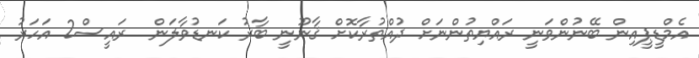
އެމްޑީޕީއިން ބޭނުންވަނީ ރައްޔިތުންނަށް ދުއްތުރާކޮށް ޤާނޫނީ ބާރު ކަނޑުވާލަން  ރައީސް2 އަހަރު